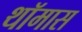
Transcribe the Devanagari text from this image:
थॉमास